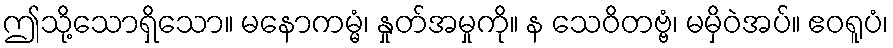
ဤသို့သောရှိသော။ မနောကမ္မံ၊ နှုတ်အမှုကို။ န သေဝိတဗ္ဗံ၊ မမှိဝဲအပ်။ ဧဝရူပံ၊